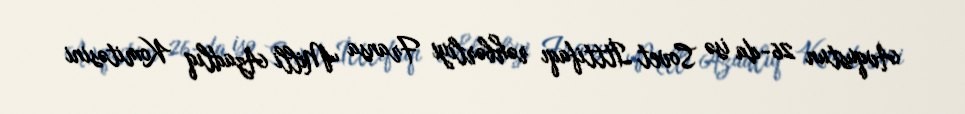
Avqustun 26-da isə Sovet İtttifaqı rəhbərliyi Fransa Milli Azadlıq Komitəsini